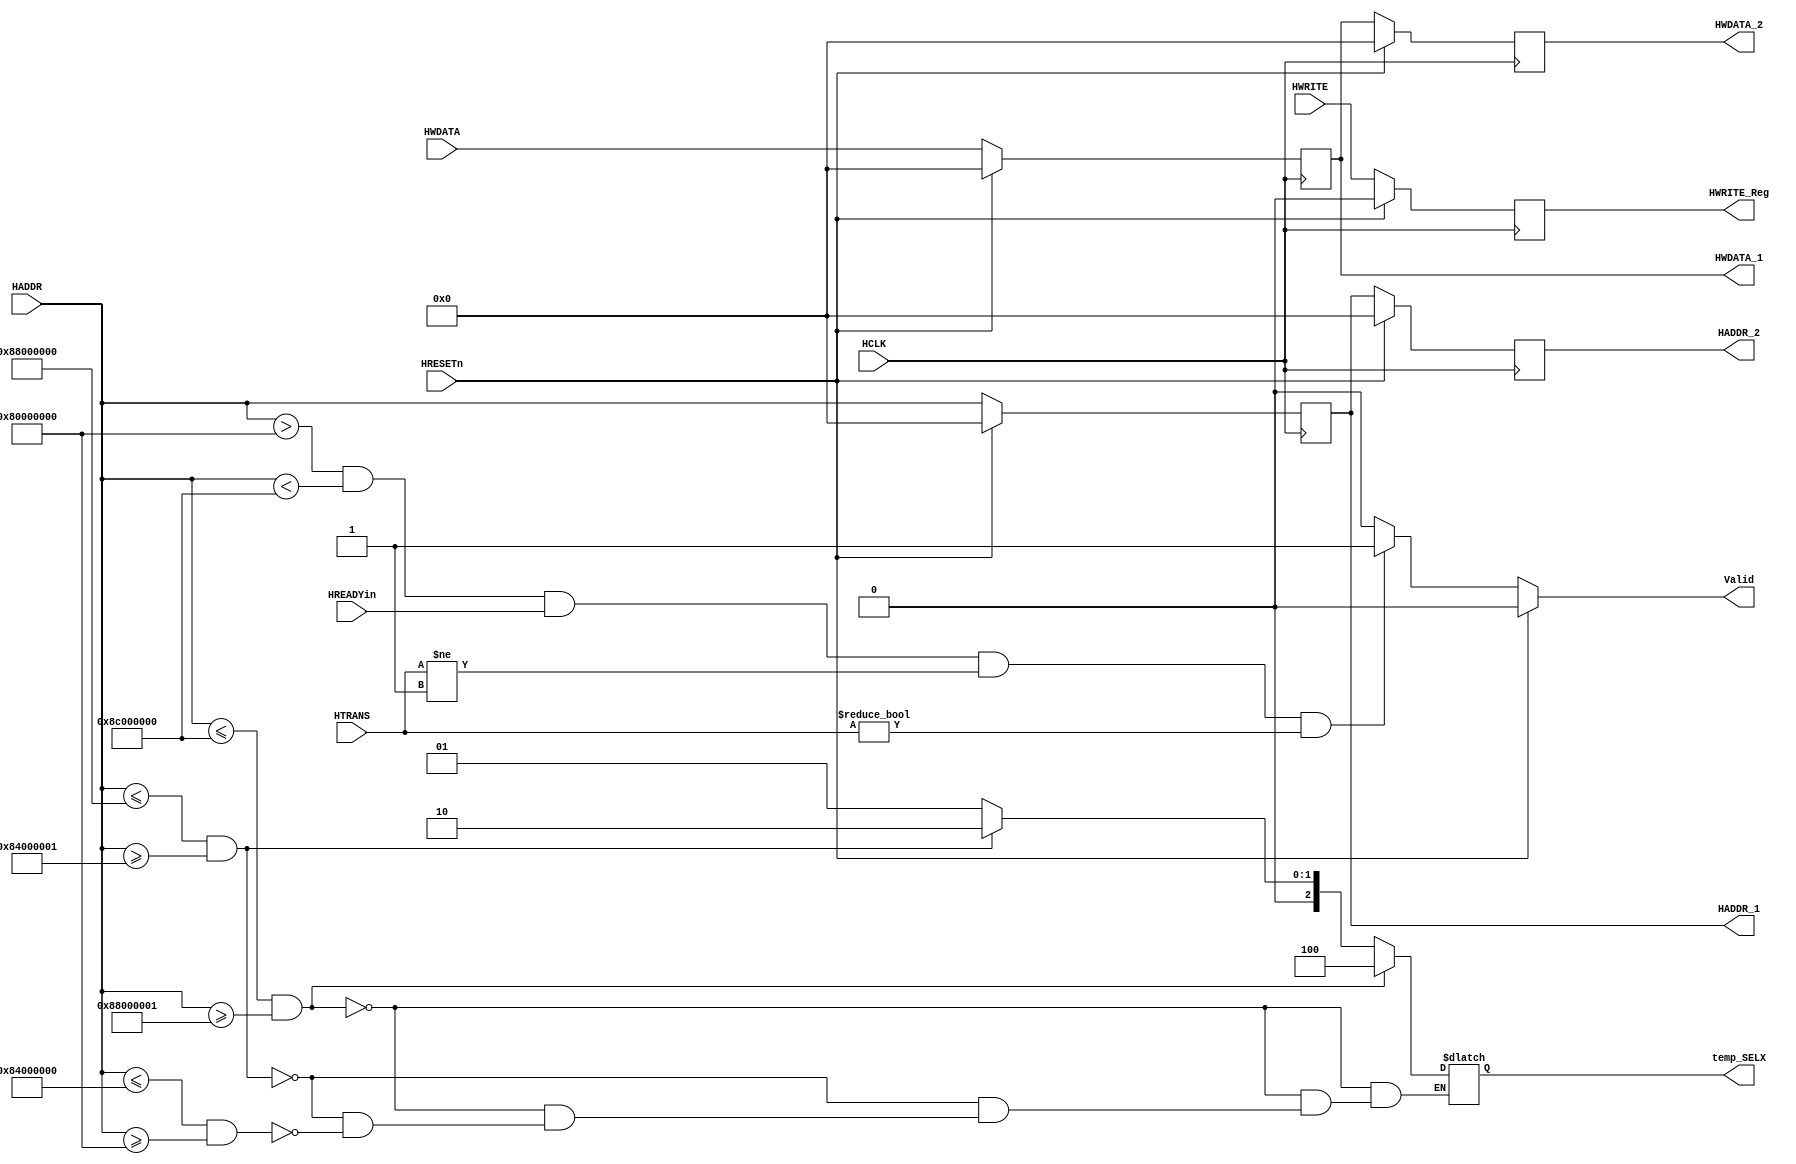
module AHBslave(input HWRITE,input HCLK,input HRESETn,input HREADYin,input [1:0]HTRANS,input [31:0]HADDR,input [31:0]HWDATA,
output reg Valid,output reg [31:0]HADDR_1,output reg [31:0]HADDR_2,output reg [31:0]HWDATA_1,output reg [31:0]HWDATA_2,output reg HWRITE_Reg,output reg [2:0]temp_SELX);

parameter IDLE=2'b00,
	       BUSY=2'b01,
	       NONSEQ=2'b10,
	       SEQ=2'b11;



always@(posedge HCLK)
  begin
	if(HRESETn)
       	 begin
          HADDR_1<=1'b0;
	       HADDR_2<=1'b0;
	       end
	else
	       begin
	       HADDR_1<=HADDR;
	       HADDR_2<=HADDR_1;
	       end
  end


always@(posedge HCLK)
  begin
	if(HRESETn)
	  begin
	    HWDATA_1<=1'b0;
	    HWDATA_2<=1'b0;
	  end

	else
	  begin
	   HWDATA_1<=HWDATA;
	   HWDATA_2<=HWDATA_1;
	  end
  end


always@(posedge HCLK)
  begin
	if(HRESETn)
	   HWRITE_Reg<=1'b0;
	else
	   HWRITE_Reg<=HWRITE;
  end
  
 always@(*)
  begin
    if(HRESETn)
        Valid=1'b0; 
    else if((HADDR>32'h80000000 && HADDR< 32'h8c000000)&& HREADYin && HTRANS !=2'b01 && HTRANS!=2'b00) 
         Valid=1'b1;
    else
         Valid=1'b0;
   end
   
//assign Valid =  (!HRESETn && HREADYin && HTRANS !=2'b01 & HTRANS!=2'b00 &((!(HADDR >=32'h8c000000 & HADDR <=32'h00000000) & HWRITE == 1 ) || HWRITE == 0));

always@(*)
  begin
    if((HADDR<=32'h8c000000 && HADDR>=32'h88000001)) 
  temp_SELX=3'b100;
  else if((HADDR<=32'h88000000 && HADDR>=32'h84000001))
  temp_SELX=3'b010;
   else if((HADDR<=32'h84000000 && HADDR>=32'h80000000))
  temp_SELX=3'b001;
  end
								   
/*always@(*)
begin
Valid =  (!HRESETn & HREADYin & HTRANS !=2'b01 & HTRANS!=2'b00 & 
                                   ((!(HADDR >=32'h80000000 & HADDR <=32'h8c000000) & HWRITE == 1 ) || HWRITE == 0));
end */


endmodule